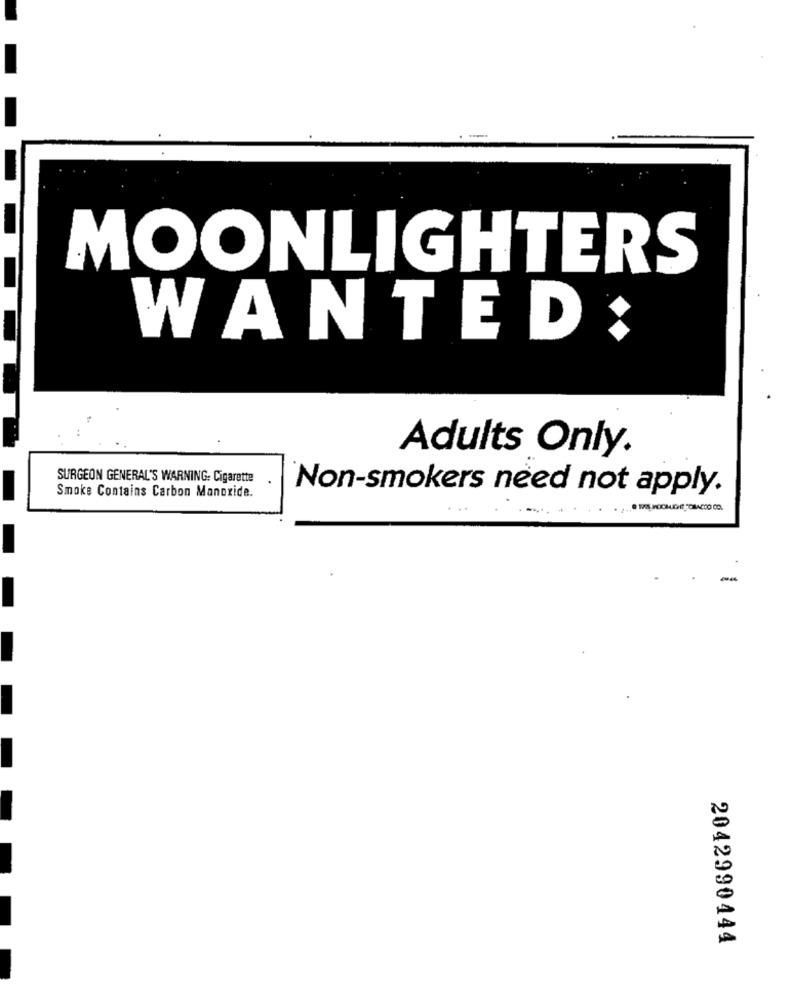
MOONLIGHTERS
WANTED:
Adults Only.
SURGEON GENERAL'S WARNING: Cigarette
Smoke Contains Carbon Monoxide.
Non-smokers need not apply.
-
2042990444